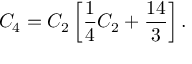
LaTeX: { \cal C } _ { 4 } = { \cal C } _ { 2 } \left[ \frac { 1 } { 4 } { \cal C } _ { 2 } + \frac { 1 4 } { 3 } \right] .